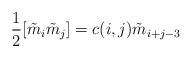
LaTeX: \begin{align*}\frac{1}{2}[\tilde m_i\tilde m_j]=c(i,j)\tilde m_{i+j-3}\end{align*}